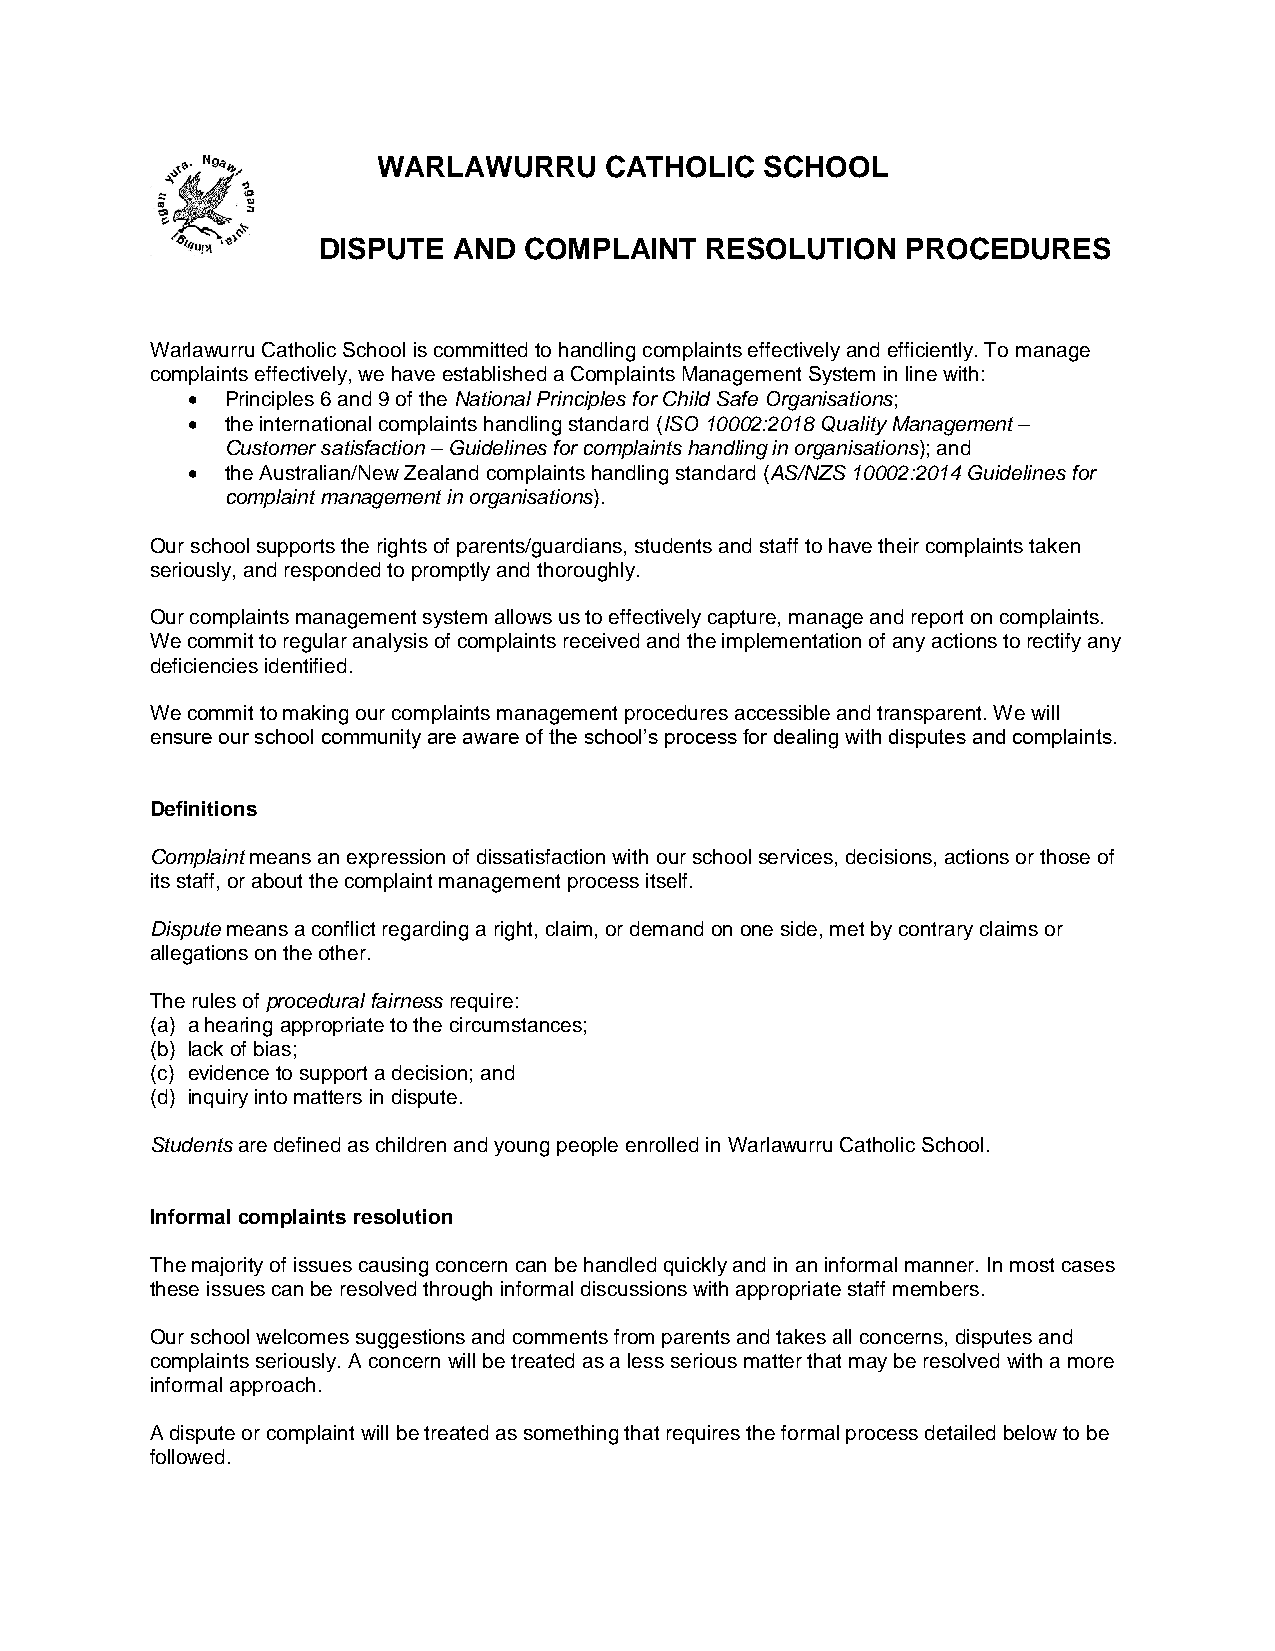
WARLAWURRU     CATHOLIC   SCHOOL
 DISPUTE  AND  COMPLAINT   RESOLUTION   PROCEDURES
 Warlawurru Catholic School is committed to handling complaints effectively and efficiently. To manage
 complaints effectively, we have established a Complaints Management System in line with:
   Principles 6 and 9 of the National Principles for Child Safe Organisations;
   the international complaints handling standard (ISO 10002:2018 Quality Management –
 Customer satisfaction – Guidelines for complaints handling in organisations); and
   the Australian/New Zealand complaints handling standard (AS/NZS 10002:2014 Guidelines for
 complaint management in organisations).
 Our school supports the rights of parents/guardians, students and staff to have their complaints taken
 seriously, and responded to promptly and thoroughly.
 Our complaints management system allows us to effectively capture, manage and report on complaints.
 We commit to regular analysis of complaints received and the implementation of any actions to rectify any
 deficiencies identified.
 We commit to making our complaints management procedures accessible and transparent. We will
 ensure our school community are aware of the school’s process for dealing with disputes and complaints.
 Definitions
 Complaint means an expression of dissatisfaction with our school services, decisions, actions or those of
 its staff, or about the complaint management process itself.
 Dispute means a conflict regarding a right, claim, or demand on one side, met by contrary claims or
 allegations on the other.
 The rules of procedural fairness require:
 (a) a hearing appropriate to the circumstances;
 (b) lack of bias;
 (c) evidence to support a decision; and
 (d) inquiry into matters in dispute.
 Students are defined as children and young people enrolled in Warlawurru Catholic School.
 Informal complaints resolution
 The majority of issues causing concern can be handled quickly and in an informal manner. In most cases
 these issues can be resolved through informal discussions with appropriate staff members.
 Our school welcomes suggestions and comments from parents and takes all concerns, disputes and
 complaints seriously. A concern will be treated as a less serious matter that may be resolved with a more
 informal approach.
 A dispute or complaint will be treated as something that requires the formal process detailed below to be
 followed.